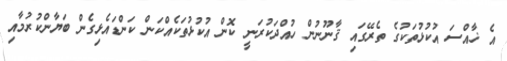
އެ ޚާއްސަ އުކުޅުތަކުގެ ތެރޭގައި ޤާނޫނުން ހުއްދަކުރަނީ ކޮން އުކުޅުތަކެއްކަން ކަންޑައެޅިގެން ބަޔާންކުރުމާއި